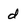
Character: d